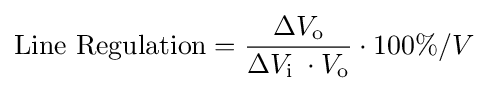
{\text{Line Regulation}}={\frac {\Delta V_{\text{o}}}{\Delta V_{\text{i }}\cdot V_{\text{o}}}}\cdot 100\%/V